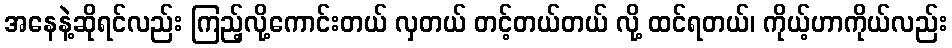
အနေနဲ့ဆိုရင်လည်း ကြည့်လို့ကောင်းတယ် လှတယ် တင့်တယ်တယ် လို့ ထင်ရတယ်၊ ကိုယ့်ဟာကိုယ်လည်း